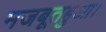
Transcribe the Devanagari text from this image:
मजबूतहुआ।